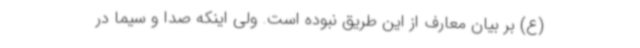
(ع) بر بیان معارف از این طریق نبوده است. ولی اینکه صدا و سیما در